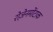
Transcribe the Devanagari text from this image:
रोज़ेनमोंटाक